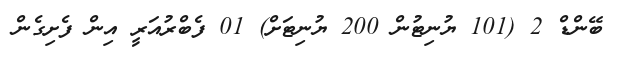
ބޭންޑް 2 (101 ޔުނިޓުން 200 ޔުނިޓަށް) 01 ފެބްރުއަރީ އިން ފެށިގެން